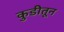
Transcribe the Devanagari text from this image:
कुडीतून